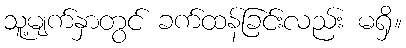
သူ့မျက်နှာတွင် ခက်ထန်ခြင်းလည်း မရှိ။